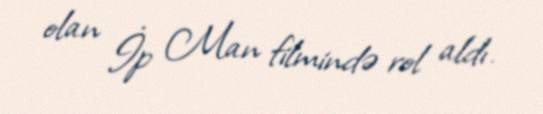
olan İp Man filmində rol aldı.